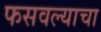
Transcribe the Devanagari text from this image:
फसवल्याचा